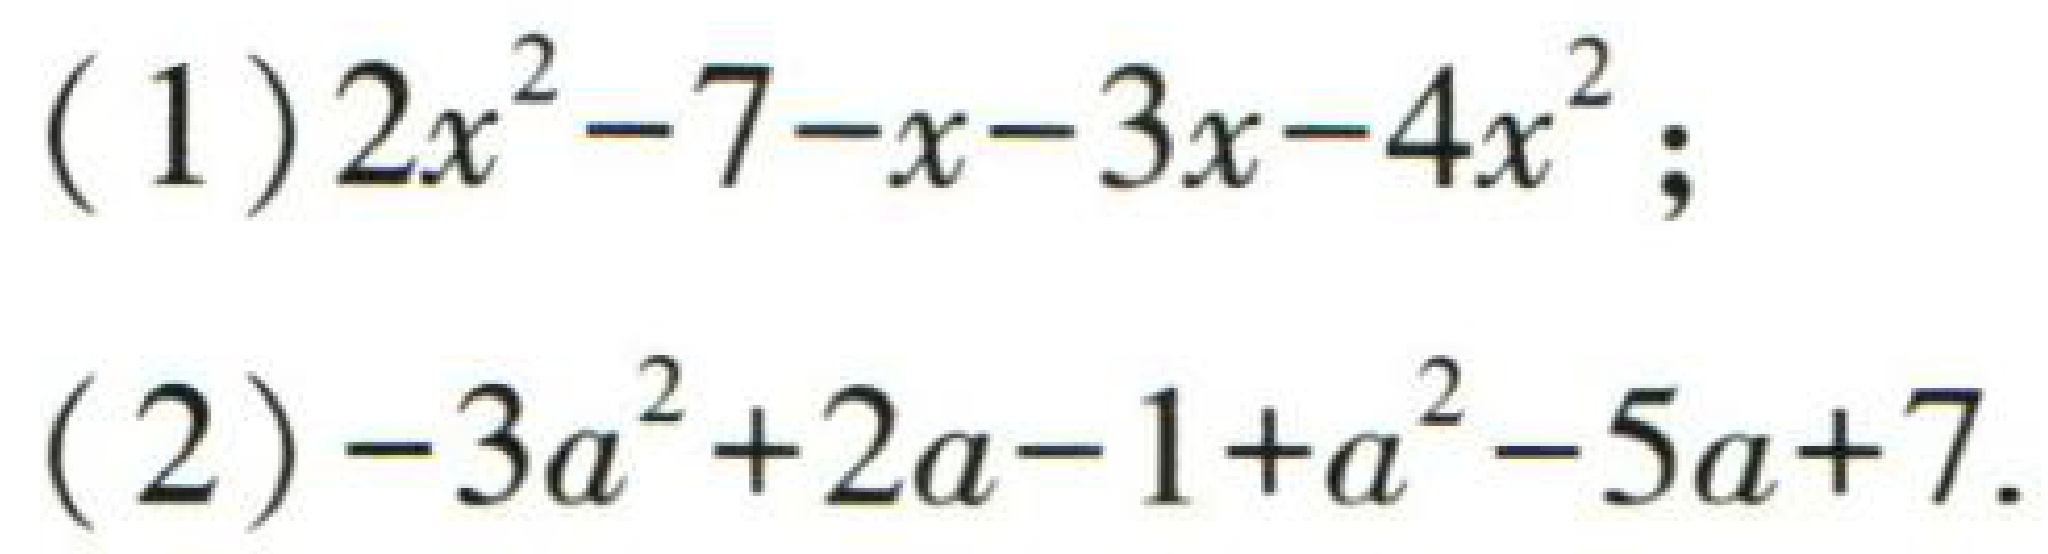
(1) \(2x^{2}-7 - x - 3x - 4x^{2}\);

(2) \(-3a^{2}+2a - 1 + a^{2}-5a + 7\)